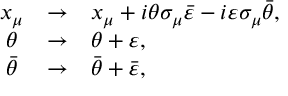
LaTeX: \begin{array} { c c l } { { x _ { \mu } } } & { { \rightarrow } } & { { x _ { \mu } + i \theta \sigma _ { \mu } \bar { \varepsilon } - i \varepsilon \sigma _ { \mu } \bar { \theta } , } } \\ { { \theta } } & { { \rightarrow } } & { { \theta + \varepsilon , } } \\ { { \bar { \theta } } } & { { \rightarrow } } & { { \bar { \theta } + \bar { \varepsilon } , } } \end{array}